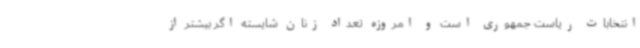
انتخابات ریاست جمهوری است و امروزه تعداد زنان شایسته اگر بیشتر از